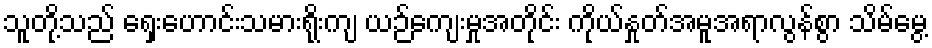
သူတို့သည် ရှေးဟောင်းသမားရိုးကျ ယဉ်ကျေးမှုအတိုင်း ကိုယ်နှုတ်အမူအရာလွန်စွာ သိမ်မွေ့